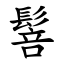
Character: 䯽